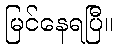
မြင်နေရပြီ။